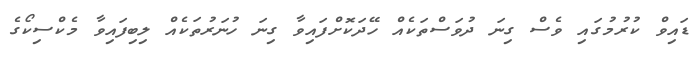
ޑައިވް ކުރުމުގައި ވެސް ގިނަ ދުވަސްތަކެއް ހޭދަކޮށްފައިވާ ގިނަ ހުނަރުތަކެއް ލިބިފައިވާ މެކްސިކޯގެ